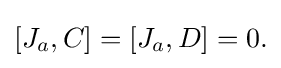
[J_{a},C]=[J_{a},D]=0.\,\!